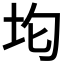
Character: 𭎀